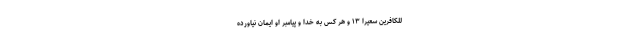
لِلْكَافِرِينَ سَعِيرًا ۱۳ و هر كس به خدا و پيامبر او ايمان نياورده